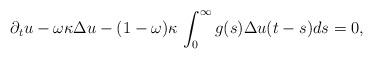
LaTeX: \begin{align*}\partial_t u-\omega\kappa\Delta u-(1-\omega)\kappa \, \int_0^\infty g(s)\Delta u(t-s)ds=0,\end{align*}